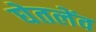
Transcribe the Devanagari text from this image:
घेतलेंव